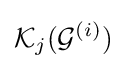
{\mathcal {K}}_{j}({\mathcal {G}}^{(i)})